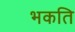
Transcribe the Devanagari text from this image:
भकति